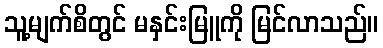
သူ့မျက်စိတွင် မနှင်းမြူကို မြင်လာသည်။